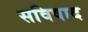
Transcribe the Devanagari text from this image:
सविषाद